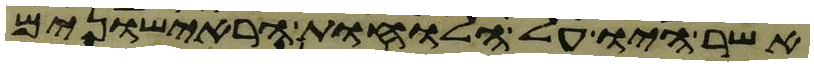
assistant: אשר היו על הלוחות הראישונים